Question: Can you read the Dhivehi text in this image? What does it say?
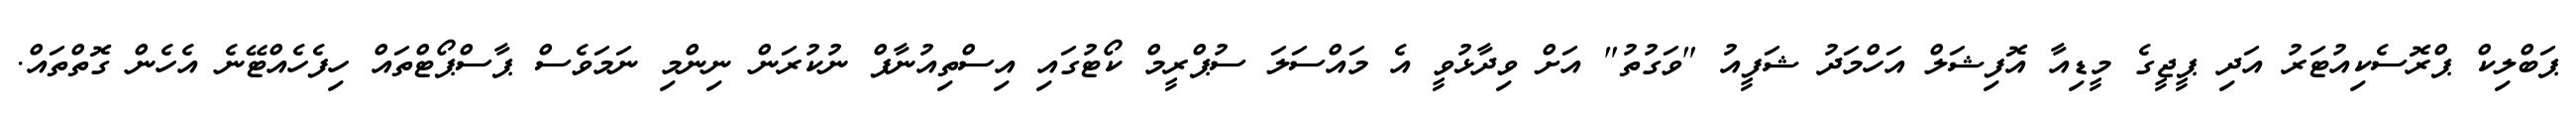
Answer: ޕަބްލިކް ޕްރޮސެކިއުޓަރު އަދި ޕީޖީގެ މީޑިއާ އޮފިޝަލް އަހްމަދު ޝަފީއު "ވަގުތު" އަށް ވިދާޅުވީ އެ މައްސަލަ ސުޕްރީމް ކޯޓުގައި އިސްތިއުނާފް ނުކުރަން ނިންމި ނަމަވެސް ޕާސްޕޯޓްތައް ހިފެހެއްޓޭނެ އެހެން ގޮތްތައް.